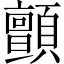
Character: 顫